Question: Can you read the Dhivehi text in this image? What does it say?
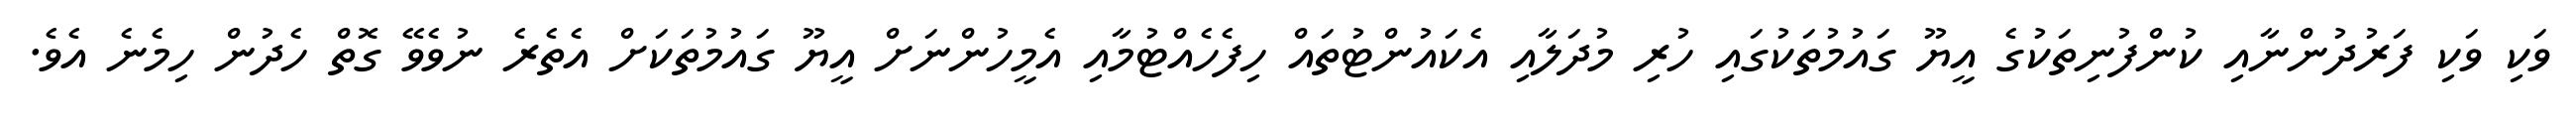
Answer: ވަކި ވަކި ފަރުދުންނާއި ކުންފުނިތަކުގެ އީޔޫ ގައުމުތަކުގައި ހުރި މުދަލާއި އެކައުންޓުތައް ހިފެހެއްޓުމާއި އެމީހުންނަށް އީޔޫ ގައުމުތަކަށް އެތެރެ ނުވެވޭ ގޮތް ހެދުން ހިމެނެ އެވެ.